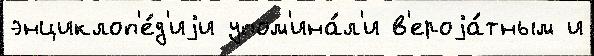
энциклоп'е́д'иjи упом'ина́л'и в'ероjа́тным и